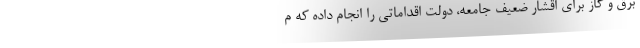
برق و گاز برای اقشار ضعیف جامعه، دولت اقداماتی را انجام داده که م